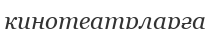
кинотеатрларға